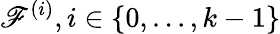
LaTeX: \mathscr{F}^{(i)},i\in\{ 0,...,k-1\}